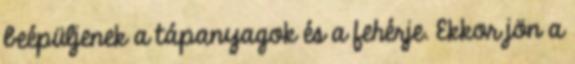
beépüljenek a tápanyagok és a fehérje. Ekkor jön a